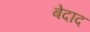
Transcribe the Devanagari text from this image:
बेदाद